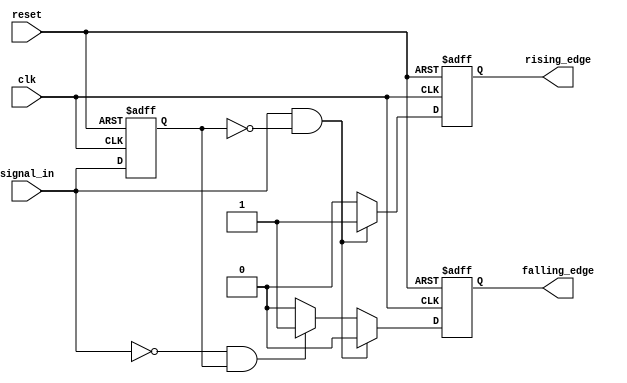
module differential_edge_detector (
    input wire clk,               // Clock signal
    input wire reset,             // Reset signal
    input wire signal_in,         // Input signal
    output reg rising_edge,       // Rising edge output
    output reg falling_edge       // Falling edge output
);

    // Memory block to store the previous state of the input signal
    reg previous_state;

    // Edge detection logic
    always @(posedge clk or posedge reset) begin
        if (reset) begin
            // Initialize memory block and outputs on reset
            previous_state <= 1'b0;
            rising_edge <= 1'b0;
            falling_edge <= 1'b0;
        end else begin
            // Edge detection logic
            if (signal_in && !previous_state) begin
                // Rising edge detected
                rising_edge <= 1'b1;
                falling_edge <= 1'b0;
            end else if (!signal_in && previous_state) begin
                // Falling edge detected
                falling_edge <= 1'b1;
                rising_edge <= 1'b0;
            end else begin
                // No edge detected
                rising_edge <= 1'b0;
                falling_edge <= 1'b0;
            end
            
            // Update previous state
            previous_state <= signal_in;
        end
    end

endmodule